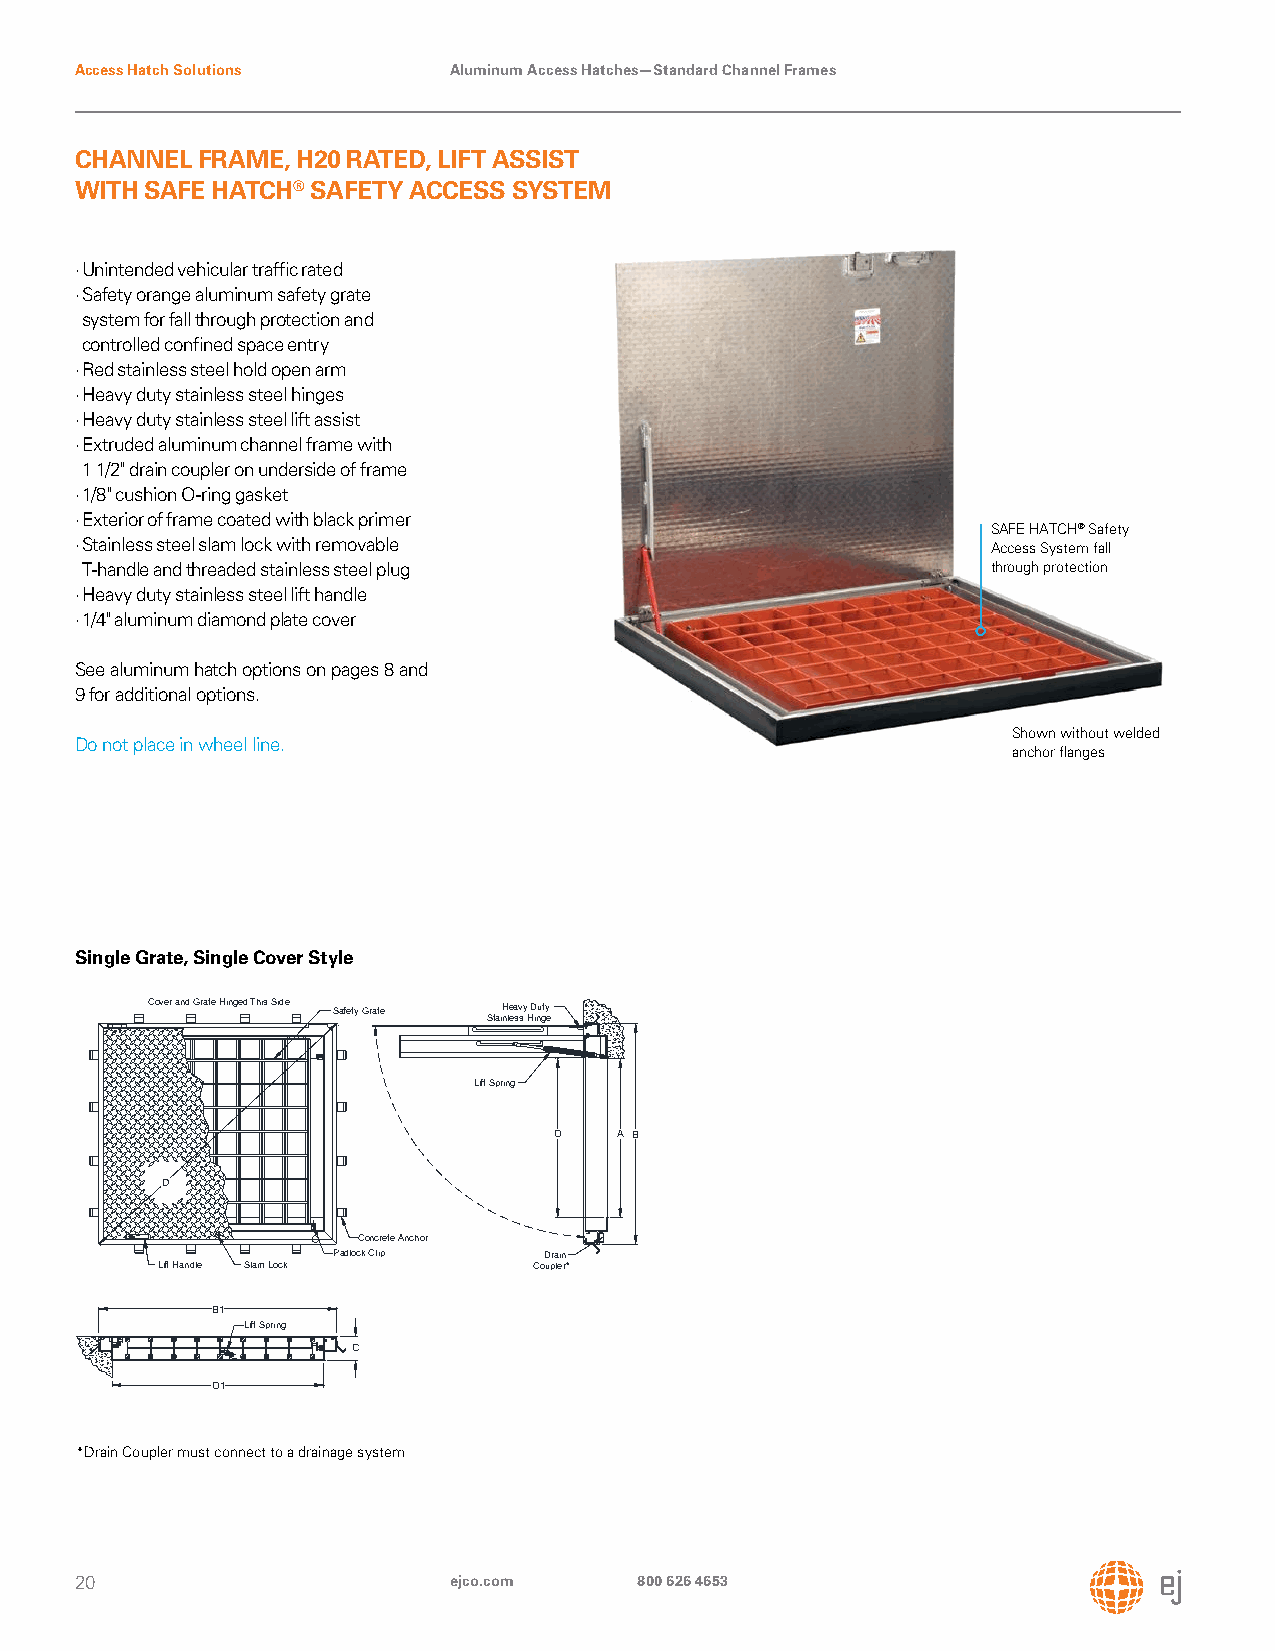
Access Hatch Solutions   Aluminum Access Hatches—Standard Channel Frames
 CHANNEL FRAME, H20 RATED, LIFT ASSIST
 WITH SAFE HATCH® SAFETY ACCESS SYSTEM
 · Unintended vehicular traffic rated
 · Safety orange aluminum safety grate
 system for fall through protection and
 controlled confined space entry
 · Red stainless steel hold open arm
 · Heavy duty stainless steel hinges
 · Heavy duty stainless steel lift assist
 · Extruded aluminum channel frame with
 1 1/2" drain coupler on underside of frame
 · 1/8" cushion O-ring gasket
 · Exterior of frame coated with black primer
 SAFE HATCH® Safety
 · Stainless steel slam lock with removable                   Access System fall
 T-handle and threaded stainless steel plug                   through protection
 · Heavy duty stainless steel lift handle
 · 1/4" aluminum diamond plate cover
 See aluminum hatch options on pages 8 and
 9 for additional options.
 Shown without welded
 Do not place in wheel line.
 anchor flanges
 Single Grate, Single Cover Style
 Cover and Grate Hinged This Side Safety Grate Heavy Duty
 Stainless Hinge
 Lift Spring
 O   A B
 D
 Concrete Anchor
 Padlock Clip  Drain
 Lift Handle Slam Lock    Coupler*
 B1
 Lift Spring
 C
 O1
 *Drain Coupler must connect to a drainage system
 20                       ejco.com    800 626 4653